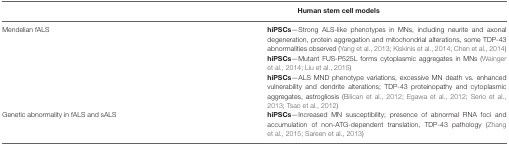
<table><thead><tr><td>[EMPTY_CELL]</td><td colspan="2"><b>Human stem cell models</b></td></tr></thead><tbody><tr><td>Mendelian fALS</td><td>[EMPTY_CELL]</td><td><b>hiPSCs</b>—Strong ALS-like phenotypes in MNs, including neurite and axonal degeneration, protein aggregation and mitochondrial alterations, some TDP-43 abnormalities observed (Yang et al., 2013; Kiskinis et al., 2014; Chen et al., 2014)</td></tr><tr><td>[EMPTY_CELL]</td><td>[EMPTY_CELL]</td><td><b>hiPSCs</b>—Mutant FUS-P525L forms cytoplasmic aggregates in MNs (Wainger et al., 2014; Liu et al., 2015)</td></tr><tr><td>[EMPTY_CELL]</td><td>[EMPTY_CELL]</td><td><b>hiPSCs</b>—ALS MND phenotype variations, excessive MN death vs. enhanced vulnerability and dendrite alterations; TDP-43 proteinopathy and cytoplasmic aggregates, astrogliosis (Bilican et al., 2012; Egawa et al., 2012; Serio et al., 2013; Tsao et al., 2012)</td></tr><tr><td>Genetic abnormality in fALS and sALS</td><td>[EMPTY_CELL]</td><td><b>hiPSCs</b>—Increased MN susceptibility; presence of abnormal RNA foci and accumulation of non-ATG-dependent translation, TDP-43 pathology (Zhang et al., 2015; Sareen et al., 2013)</td></tr></tbody></table>